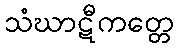
သံဃာဋီကတ္တေ